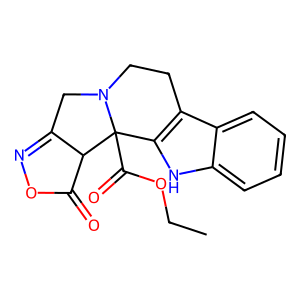
SMILES: CCOC(=O)C12c3[nH]c4ccccc4c3CCN1CC1=NOC(=O)C12
Inhibits HIV replication: No